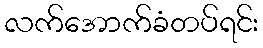
လက်အောက်ခံတပ်ရင်း